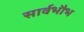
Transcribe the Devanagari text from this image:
सार्वभौभ